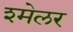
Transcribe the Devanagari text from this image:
श्मेलर